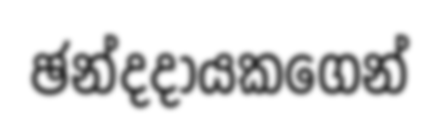
ඡන්දදායකගෙන්